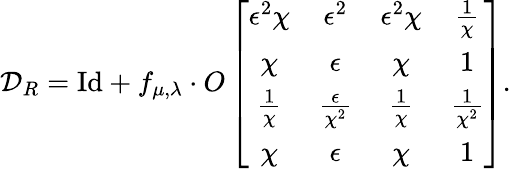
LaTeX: \mathcal{D}_{R}=\mathrm{Id}+f_{\mu,\lambda}\cdot O\left[\begin{array}{cccc}{\epsilon^{2}\chi}&{\epsilon^{2}}&{\epsilon^{2}\chi}&{\frac{1}{\chi}}\\ {\chi}&{\epsilon}&{\chi}&{1}\\ {\frac{1}{\chi}}&{\frac{\epsilon}{\chi^{2}}}&{\frac{1}{\chi}}&{\frac{1}{\chi^{2}}}\\ {\chi}&{\epsilon}&{\chi}&{1}\end{array}\right].